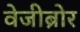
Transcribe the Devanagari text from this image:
वेजीब्रोर